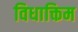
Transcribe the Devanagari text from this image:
विधाक्तिम